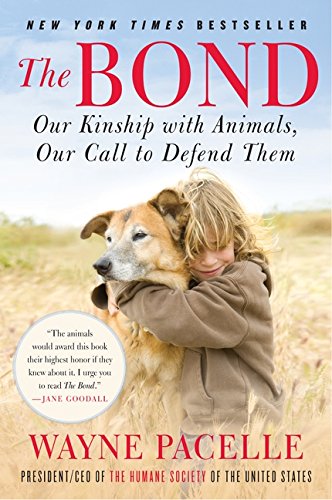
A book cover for The Bond: Our Kinship with Animals, Our Call to Defend Them; Wayne Pacelle; Science & Math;